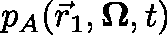
p _ { A } ( \Vec { r } _ { 1 } , \mathbf { \Omega } , t )